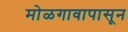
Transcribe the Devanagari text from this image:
मोळगावापासून